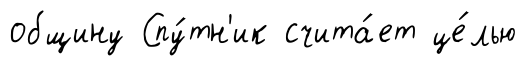
общину Спу́тн'ик счита́ет це́лью